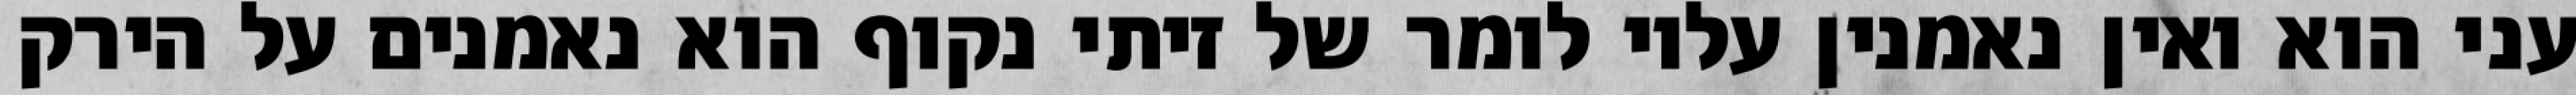
עני הוא ואין נאמנין עליו לומר של זיתי נקוף הוא נאמנים על הירק